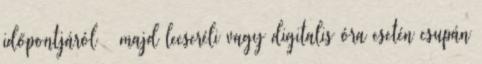
időpontjáról – majd lecseréli vagy digitalis óra esetén csupán